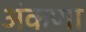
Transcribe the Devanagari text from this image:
अंकणा